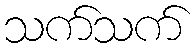
သက်သက်